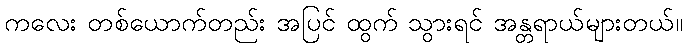
ကလေး တစ်ယောက်တည်း အပြင် ထွက် သွားရင် အန္တရာယ်များတယ်။